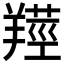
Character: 𦎺